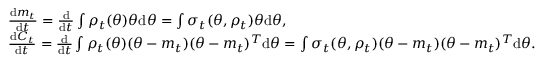
\begin{array} { r l } & { \frac { \mathrm { d } m _ { t } } { \mathrm { d } t } = \frac { \mathrm { d } } { \mathrm { d } t } \int \rho _ { t } ( \theta ) \theta \mathrm { d } \theta = \int \sigma _ { t } ( \theta , \rho _ { t } ) \theta \mathrm { d } \theta , } \\ & { \frac { \mathrm { d } C _ { t } } { \mathrm { d } t } = \frac { \mathrm { d } } { \mathrm { d } t } \int \rho _ { t } ( \theta ) ( \theta - m _ { t } ) ( \theta - m _ { t } ) ^ { T } \mathrm { d } \theta = \int \sigma _ { t } ( \theta , \rho _ { t } ) ( \theta - m _ { t } ) ( \theta - m _ { t } ) ^ { T } \mathrm { d } \theta . } \end{array}